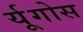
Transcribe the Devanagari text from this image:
र्यूगोस